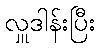
လှူဒါန်းပြီး